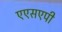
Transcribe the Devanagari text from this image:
एएसएपी